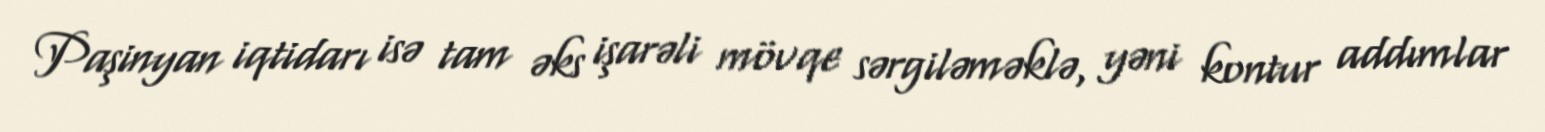
Paşinyan iqtidarı isə tam əks işarəli mövqe sərgiləməklə, yəni kontur addımlar